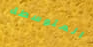
المتوسطة